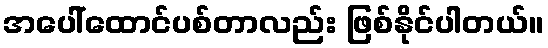
အပေါ်ထောင်ပစ်တာလည်း ဖြစ်နိုင်ပါတယ်။